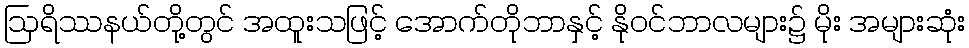
ဩရိဿနယ်တို့တွင် အထူးသဖြင့် အောက်တိုဘာနှင့် နိုဝင်ဘာလများ၌ မိုး အများဆုံး